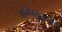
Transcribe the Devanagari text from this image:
अग्निकुंडमां